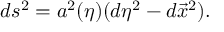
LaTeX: d s ^ { 2 } = a ^ { 2 } ( \eta ) ( d \eta ^ { 2 } - d \vec { x } ^ { 2 } ) .